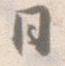
日